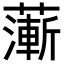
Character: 𦾶